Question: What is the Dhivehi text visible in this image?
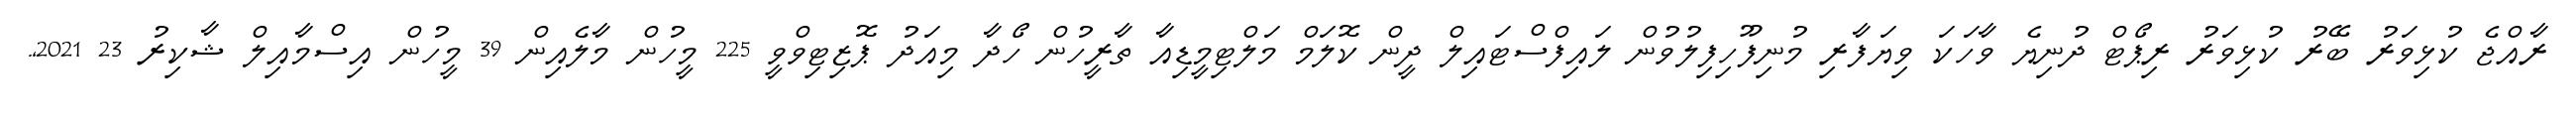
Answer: ރާއްޖެ ކުޅިވަރު ބޭރު ކުޅިވަރު ރިޕޯޓް ދުނިޔެ ވާހަކަ ވިޔަފާރި މުނިފޫހިފިލުވުން ލައިފްސްޓައިލް ދީން ކޮލަމް މަލްޓިމީޑިއާ ތާރީހުން ހޯދާ މިއަދު ޕޮޒިޓިވްވީ 225 މީހުން މާލެއިން 39 މީހުން އިސްމާއިލް ޝާކިރު 23 2021,.